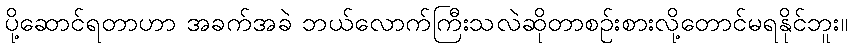
ပို့ဆောင်ရတာဟာ အခက်အခဲ ဘယ်လောက်ကြီးသလဲဆိုတာစဉ်းစားလို့တောင်မရနိုင်ဘူး။